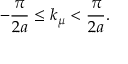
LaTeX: - \frac { \pi } { 2 a } \leq k _ { \mu } < \frac { \pi } { 2 a } .